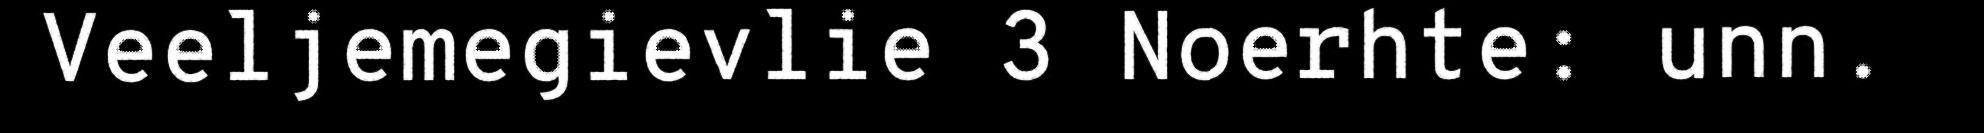
Veeljemegievlie 3 Noerhte: unn.